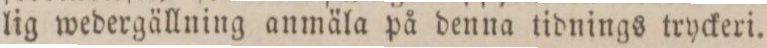
lig wedergällning anmäla på denna tidnings tryckeri.